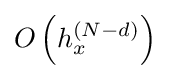
O\left(h_{x}^{(N-d)}\right)